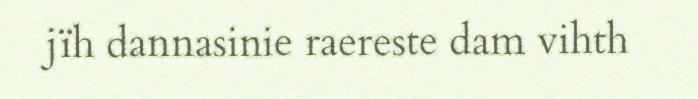
jïh dannasinie raereste dam vihth